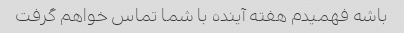
باشه فهمیدم هفته آینده با شما تماس خواهم گرفت